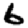
Digit: 6